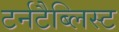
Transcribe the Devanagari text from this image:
टर्नटैब्लिस्ट